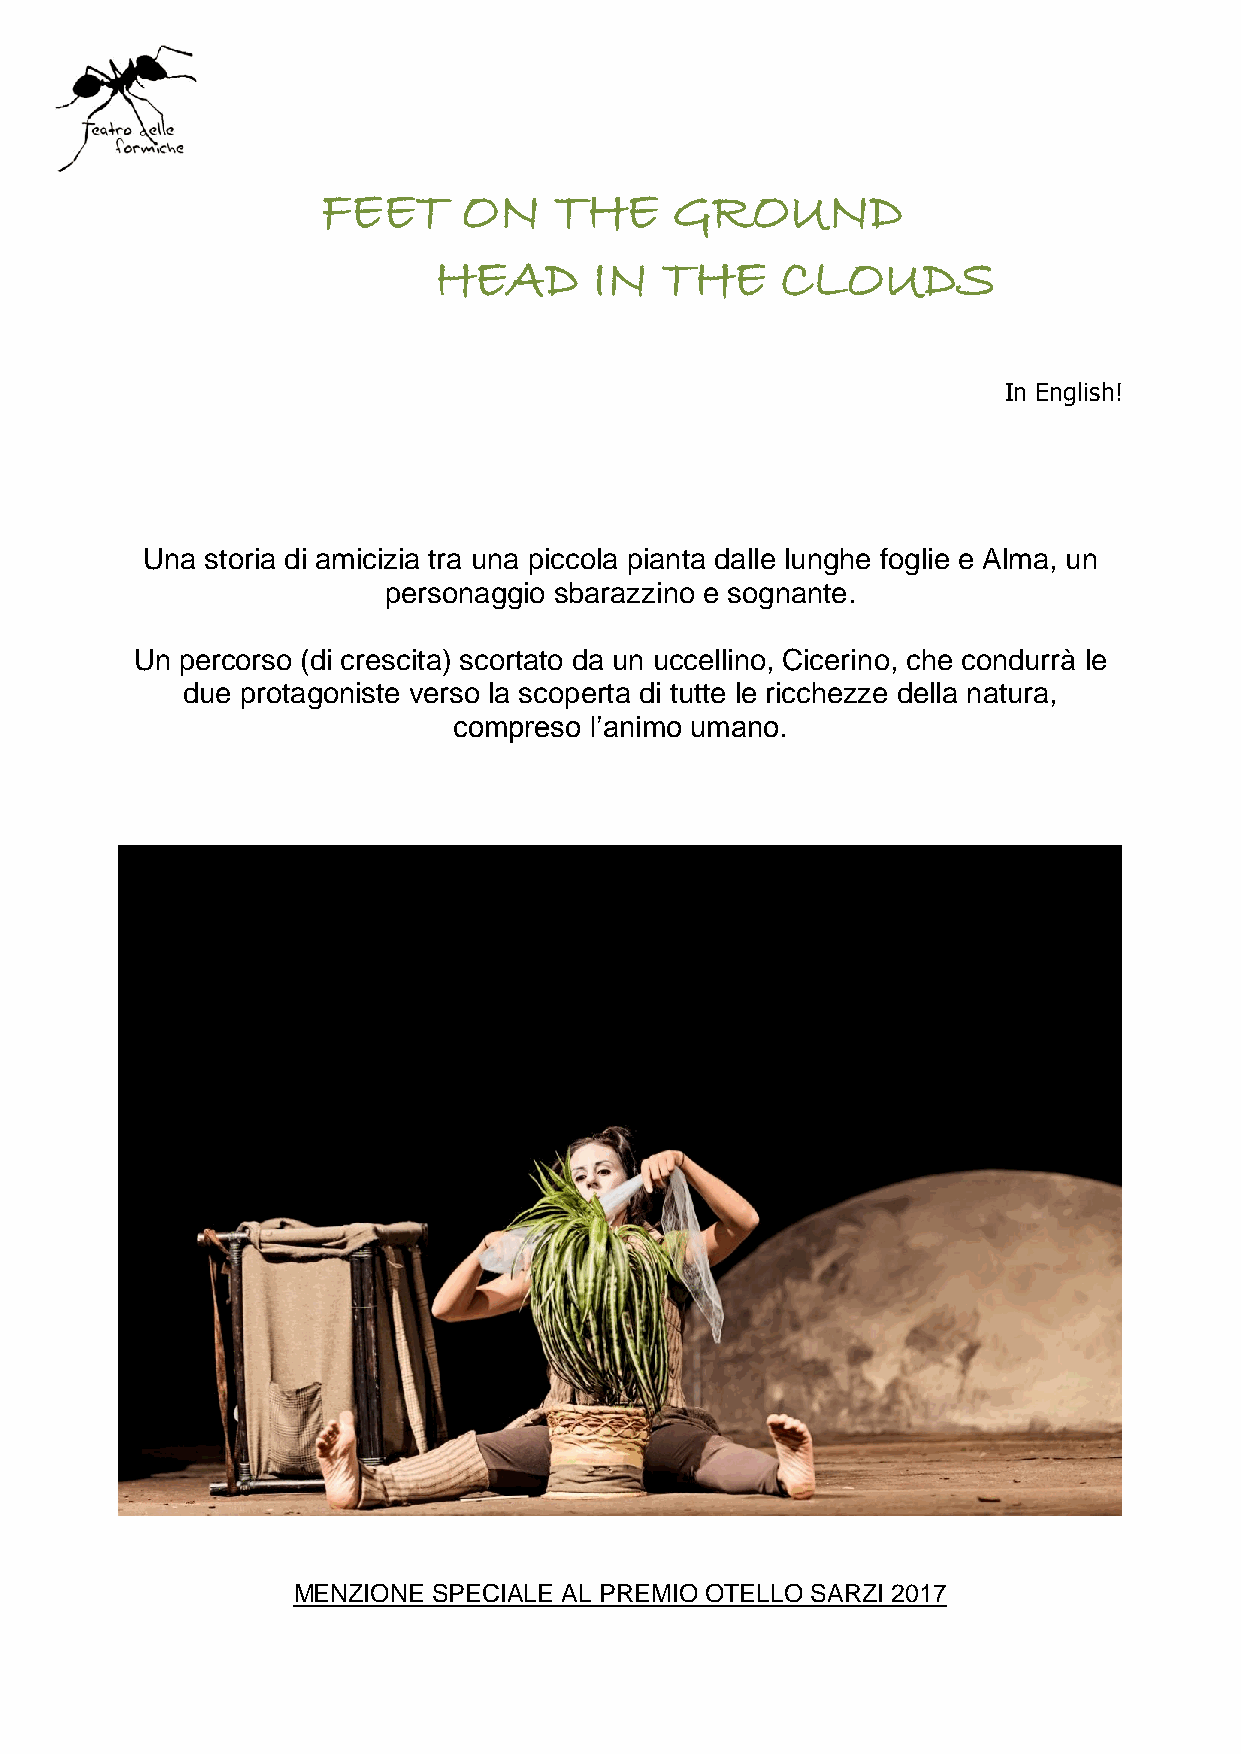
FEET      ON    THE    GROUND
 HEAD      IN   THE     CLOUDS
 In English!
 Una  storia di amicizia tra una piccola pianta dalle lunghe foglie e Alma, un
 personaggio sbarazzino e sognante.
 Un percorso (di crescita) scortato da un uccellino, Cicerino, che condurrà le
 due protagoniste verso la scoperta di tutte le ricchezze della natura,
 compreso l’animo umano.
 MENZIONE  SPECIALE AL PREMIO OTELLO SARZI 2017